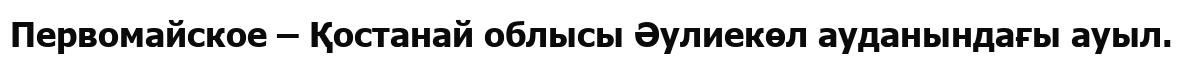
Первомайское – Қостанай облысы Әулиекөл ауданындағы ауыл.